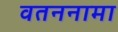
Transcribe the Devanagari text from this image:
वतननामा